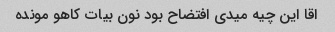
اقا این چیه میدی افتضاح بود نون بیات کاهو مونده